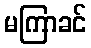
မကြာခင်